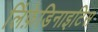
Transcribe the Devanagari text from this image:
लिंफ़ेडिनाइटिस